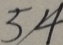
5 / 4